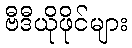
ဗီဒီယိုဖိုင်များ